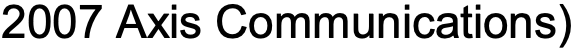
2007 Axis Communications)